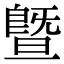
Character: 暨